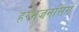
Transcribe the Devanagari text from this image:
हरभजनसिंग